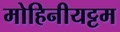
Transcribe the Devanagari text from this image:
मोहिनीयट्टम